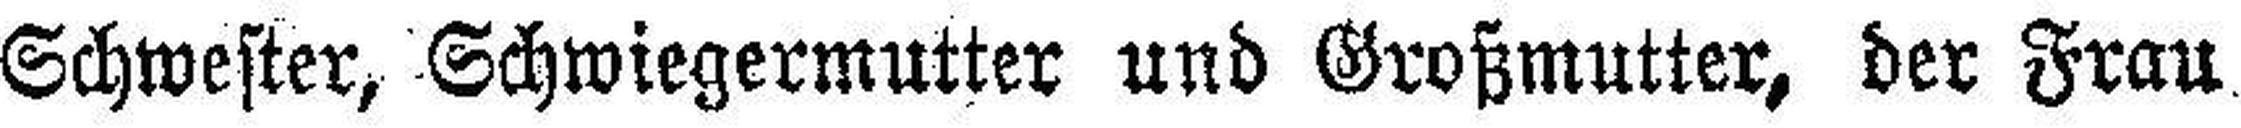
Schwester, Schwiegermutter und Großmutter, der Frau